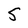
Character: 5